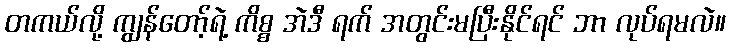
တကယ်လို့ ကျွန်တော့်ရဲ့ ကိစ္စ အဲဒီ ရက် အတွင်းမပြီးနိုင်ရင် ဘာ လုပ်ရမလဲ။